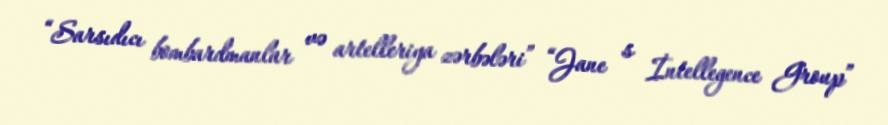
“Sarsıdıcı bombardmanlar və artelleriya zərbələri” “Jane s İntellegence Group”